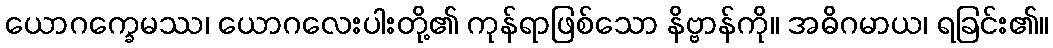
ယောဂက္ခေမဿ၊ ယောဂလေးပါးတို့၏ ကုန်ရာဖြစ်သော နိဗ္ဗာန်ကို။ အဓိဂမာယ၊ ရခြင်း၏။